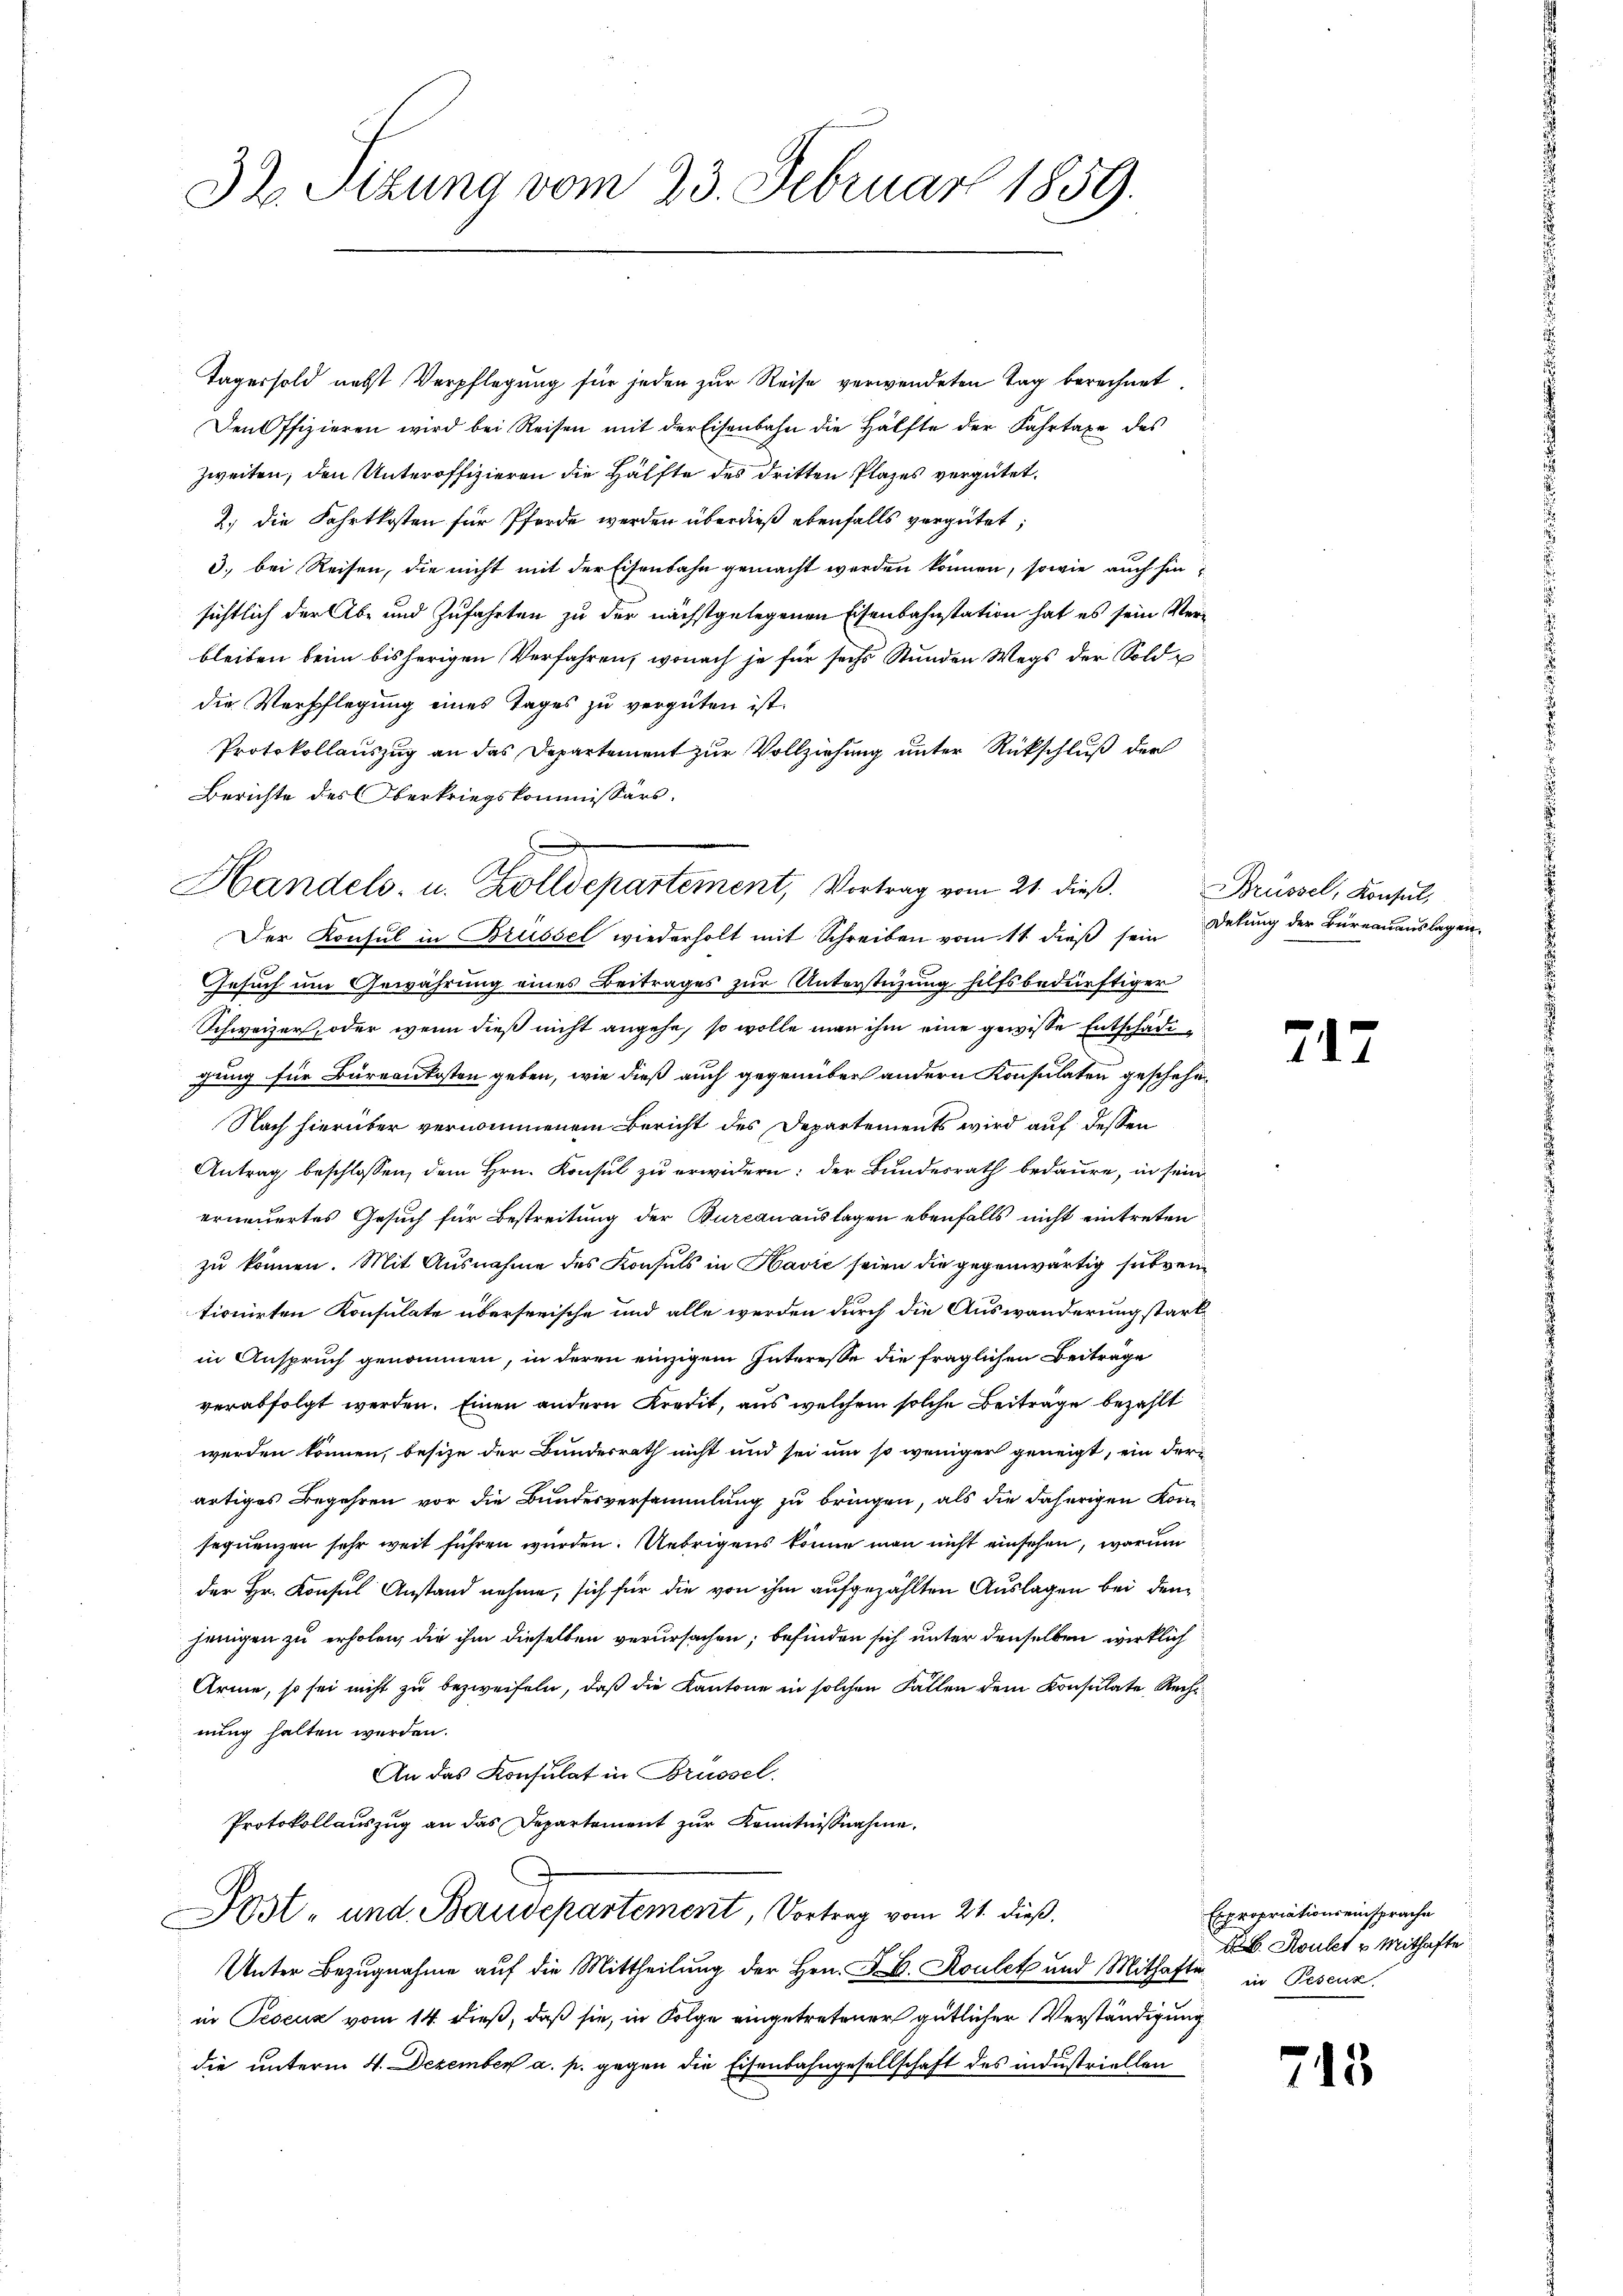
32 Sizung vom 23. Februar 1859.

Tagersold nebst Verpflegung für jeden zur Reise verwendeten Tag berechnet
Den Offizieren wird bei Reisen mit der Eisenbahn die Hälfte der Fahrtaxe des
zweiten, den Unteroffizieren die Hälfte des dritten Plazes vergütet.
2.) Die Fahrtkosten für Pferde werden überdieß ebenfalls vergütet;
3. bei Reisen, die nicht mit der Eisenbahn gemacht werden können, sowie auch hiesichtlich der Ab- und Zufahrten zu der nächstgelegenen Eisenbahnstation hat es sein Verbleiben beim bisherigen Verfahren, wonach je für sechs Stunden Wegs der Sold
die Verpflegung eines Tages zu vergüten ist.
Protokollauszug an das Departement zur Vollziehung unter Rückschluß der
Berichte des Oberkriegskommissärs.
Der Konsul in Brüssel wiederholt mit Schreiben vom 11 dieß sein
Gesuch um Gewährung eines Beitrages zur Unterstüzung hilfsbedürftiger
Schweizer, oder wenn dieß nicht angehe, so wolle man ihm eine gewisse Entschädigung für Büreaukosten geben, wie dieß auch gegenüber andern Konsulaten geschehe¬
Nach hierüber vernommenem Bericht des Departements wird auf dessen
Antrag beschlossen, dem Hrn. Konsul zu erwidern: der Bundesrath bedaure, in sein
erneuertes Gesuch für Bestreitung der Burcanauslagen ebenfalls nicht eintreten
zu können. Mit Ausnahme des Konsuls in Havić seien die gegenwärtig subventionirten Konsulate überseeische und alle werden durch die Auswanderung stark
in Anspruch genommen, in deren einzigem Interesse die fraglichen Beiträge
verabfolgt werden. Einen andern Kredit, aus welchem solche Beiträge bezahlt
werden können, besize der Bundesrath nicht und sei um so weniger geneigt, ein derartiges Begehren vor die Bundesversammlung zu bringen, als die daherigen Konsequenzen sehr weit führen wurden. Uebrigens könne man nicht einsehen, warum
der Hr. Konsul Anstand nehme, sich für die von ihm aufgezählten Auslagen bei denjenigen zu erholen, die ihm dieselben verursachen; befinden sich unter denselben wirklich
Arme, so sei nicht zu bezweifeln, daß die Kantone in solchen Fällen dem Konsulate Rechnung halten werden.
An das Konsulat in Brüssel.
Protokollauszug an das Departement zur Kenntnißnahme.
Post, und Baudepartement, Vortrag vom 21. dieß.
Unter Bezugnahme auf die Mittheilung der Hrn. F. B. Roulet und Mithafte in Pesenz
in Pescuz vom 14. dieß, daß sie, in Folge eingetretener gütlicher Verständigung
die unterm 4. Dezember a. p. gegen die Eisenbahngesellschaft des industriellen

Handels- u. Zolldepartement, Vortrag vom 21. dieß.

Brüssel, Konsul,
Delung der Büreauauslagen.

212

Expropriationseinsprache
b. Koulet v. Mithafte

715